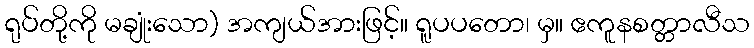
ရုပ်တို့ကို မချုံးသော) အကျယ်အားဖြင့်။ ရူပပတော၊ မှ။ ဧကူနစတ္တာလီသ